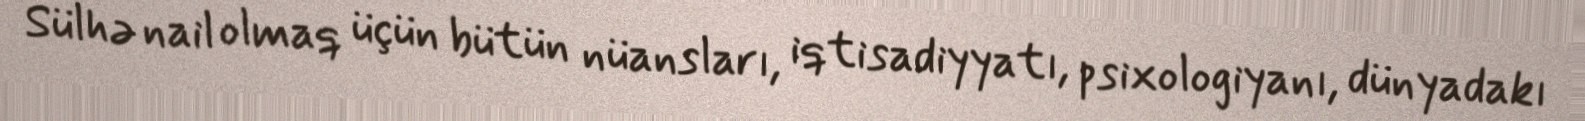
Sülhə nail olmaq üçün bütün nüansları, iqtisadiyyatı, psixologiyanı, dünyadakı